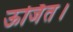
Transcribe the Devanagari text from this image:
ऊर्जित।